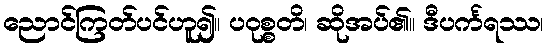
ညောင်ကြတ်ပင်ဟူ၍။ ပဝုစ္စတိ၊ ဆိုအပ်၏။ ဒီပင်္ကရဿ၊